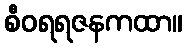
စီဝရရဇနကထာ။